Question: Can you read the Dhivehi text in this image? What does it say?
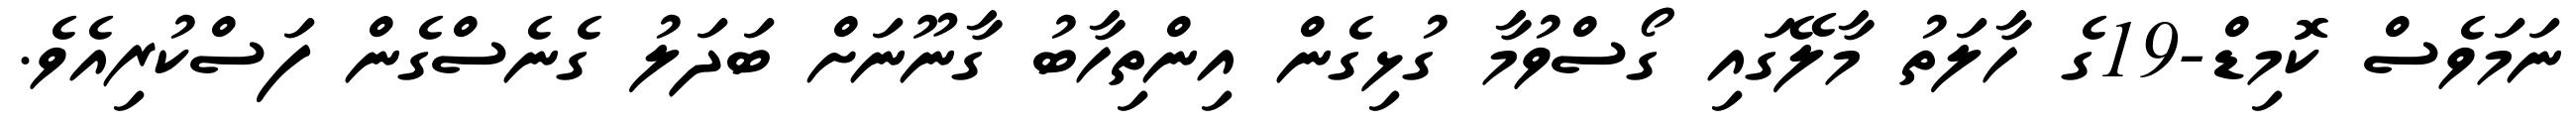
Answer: ނަމަވެސް ކޮމިޑް-19ގެ ހާލަތު މާލޭގައި ގޯސްވުމާ ގުޅިގެން އިންތިހާބު ގާނޫނަށް ބަދަލު ގެނެސްގެން ފަސްކުރިއެވެ.